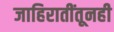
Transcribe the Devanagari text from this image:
जाहिरातींतूनही